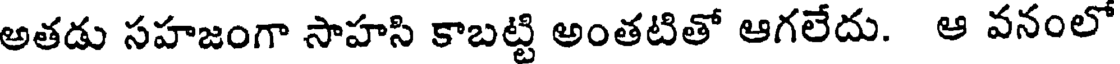
అతడు సహజంగా సాహసి కాబట్టి అంతటితో ఆగలేదు. ఆ వనంలో